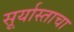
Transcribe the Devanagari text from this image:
सूर्यास्ताचा